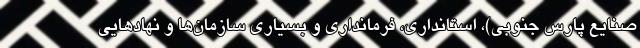
صنایع پارس جنوبی)، استانداری، فرمانداری و بسیاری سازمان‌ها و نهاد‌هایی